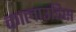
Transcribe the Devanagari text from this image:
कालाउडिस